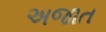
અજાત